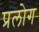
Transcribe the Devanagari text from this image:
प्रलोग